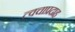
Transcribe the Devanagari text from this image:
त्वचाप्रदाह